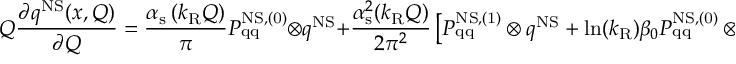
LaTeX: Q \frac { \partial q ^ { \mathrm { N S } } ( x , Q ) } { \partial Q } = \frac { \alpha _ { \mathrm { s } } \left( k _ { \mathrm { R } } Q \right) } { \pi } P _ { \mathrm { q q } } ^ { \mathrm { N S , ( 0 ) } } \otimes q ^ { \mathrm { N S } } + \frac { \alpha _ { \mathrm { s } } ^ { 2 } ( k _ { \mathrm { R } } Q ) } { 2 \pi ^ { 2 } } \left[ P _ { \mathrm { q q } } ^ { \mathrm { N S , ( 1 ) } } \otimes q ^ { \mathrm { N S } } + \ln ( k _ { \mathrm { R } } ) \beta _ { 0 } P _ { \mathrm { q q } } ^ { \mathrm { N S , ( 0 ) } } \otimes q ^ { \mathrm { N S } } \right]